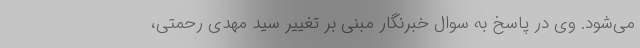
می‌شود. وی در پاسخ به سوال خبرنگار مبنی بر تغییر سید مهدی رحمتی،